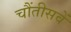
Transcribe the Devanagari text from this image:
चौंतीसवें